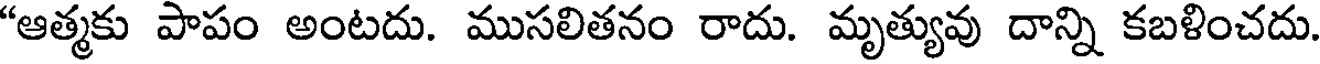
"ఆత్మకు పాపం అంటదు. ముసలితనం రాదు. మృత్యువు దాన్ని కబళించదు.